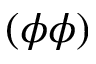
( \phi \phi )